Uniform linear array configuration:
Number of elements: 12
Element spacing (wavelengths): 0.5
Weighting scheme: uniform
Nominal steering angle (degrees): -60
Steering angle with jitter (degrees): -59.447
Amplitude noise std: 0.05
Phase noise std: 0.05

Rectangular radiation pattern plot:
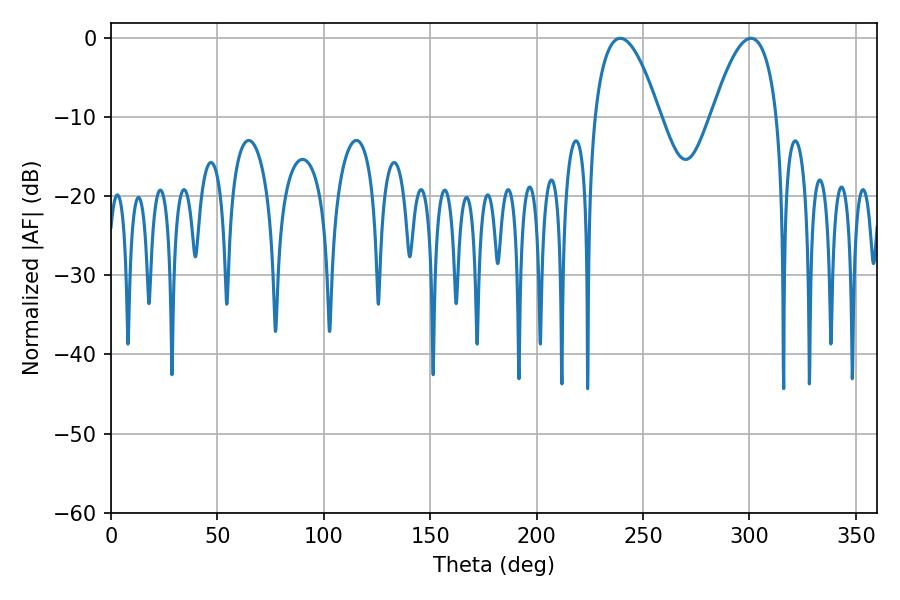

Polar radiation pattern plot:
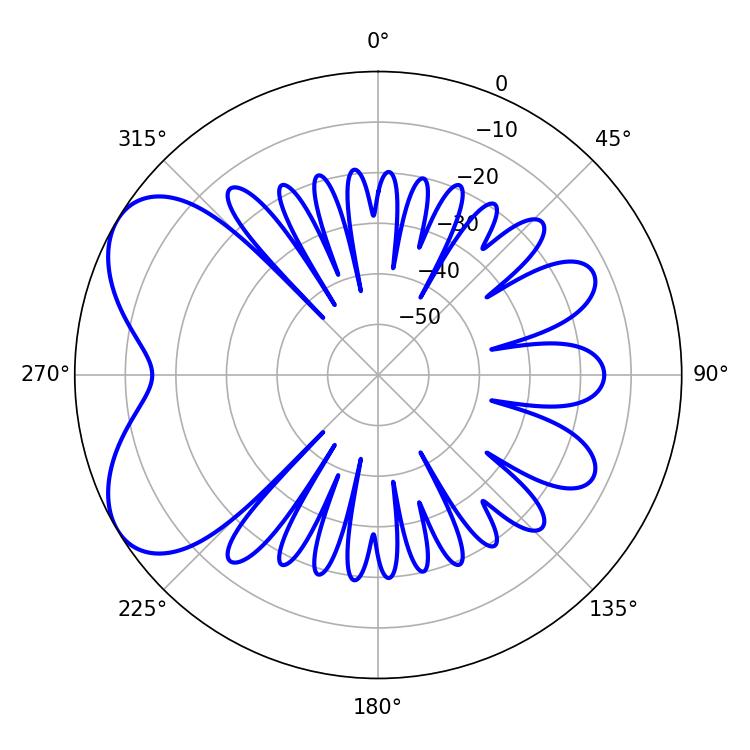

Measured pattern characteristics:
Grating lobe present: FALSE
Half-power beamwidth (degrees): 16.74
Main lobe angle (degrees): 239.22